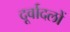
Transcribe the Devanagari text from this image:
दूर्वादलों